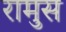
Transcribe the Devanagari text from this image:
रामुस